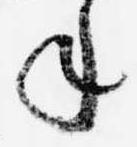
年